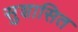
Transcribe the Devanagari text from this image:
सुशासित